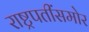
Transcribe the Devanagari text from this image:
राष्ट्रपतींसमोर